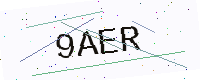
Text: 9AER